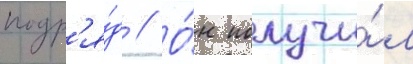
подр'я́д // О́н получи́л